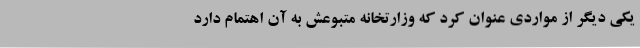
یکی دیگر از مواردی عنوان کرد که وزارتخانه متبوعش به آن اهتمام دارد